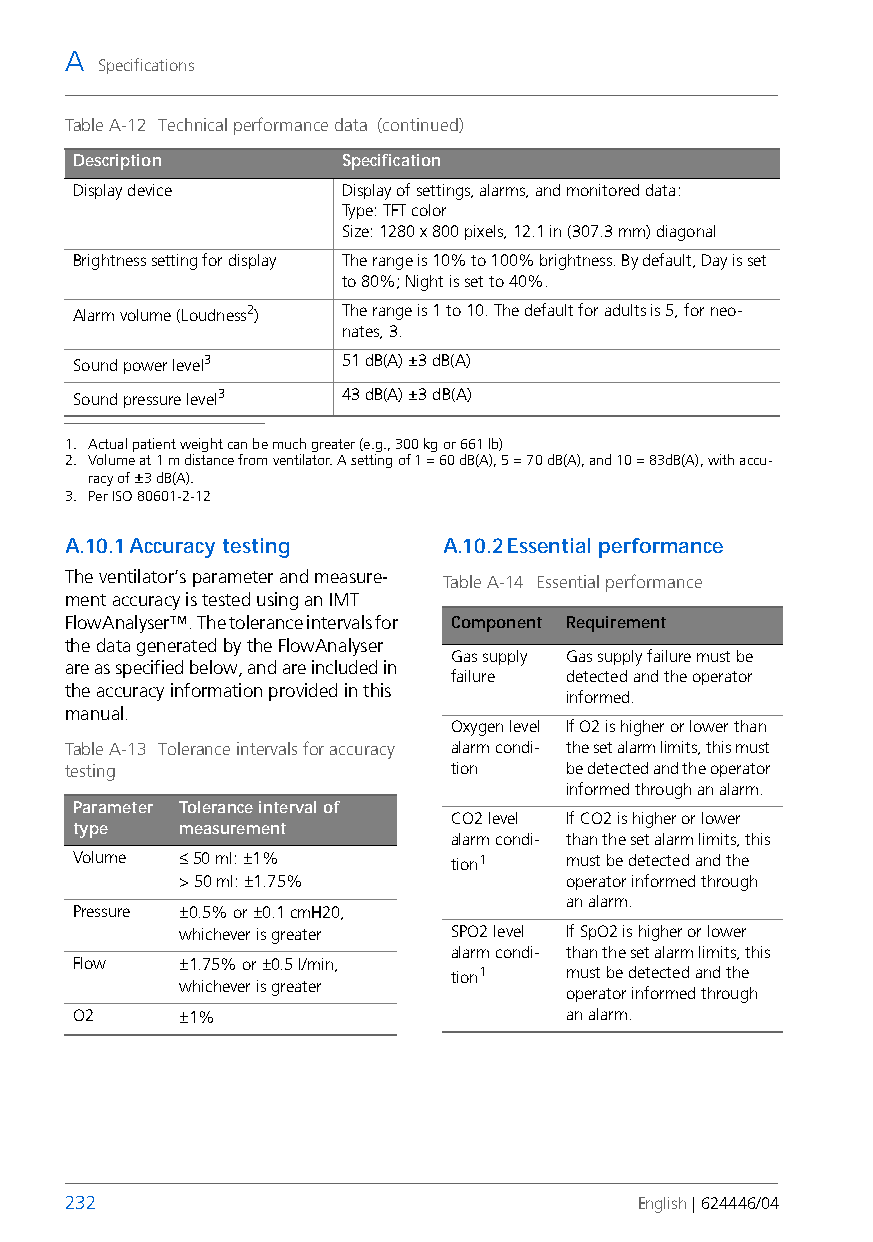
A
 Specifications
 Table A-12 Technical performance data (continued)
 Description       Specification
 Display device    Display of settings, alarms, and monitored data:
 Type: TFT color
 Size: 1280 x 800 pixels, 12.1 in (307.3mm) diagonal
 Brightness setting for display The range is 10% to 100% brightness. By default, Day is set
 to 80%; Night is set to 40%.
 Alarm volume (Loudness2) The range is 1 to 10. The default for adults is 5, for neo-
 nates, 3.
 Sound power level3 51 dB(A) ±3 dB(A)
 Sound pressure level3 43 dB(A) ±3 dB(A)
 1. Actual patient weight can be much greater (e.g., 300 kg or 661 lb)
 2. Volume at 1 m distance from ventilator. A setting of 1 = 60 dB(A), 5 = 70 dB(A), and 10 = 83dB(A), with accu-
 racy of ±3 dB(A).
 3. Per ISO 80601-2-12
 A.10.1Accuracy testing   A.10.2Essential performance
 The ventilator’s parameter and measure-
 Table A-14 Essential performance
 ment accuracy is tested using an IMT
 FlowAnalyser™. The tolerance intervals for Component Requirement
 the data generated by the FlowAnalyser
 Gas supply Gas supply failure must be
 are as specified below, and are included in
 failure detected and the operator
 the accuracy information provided in this
 informed.
 manual.
 Oxygen level If O2 is higher or lower than
 Table A-13 Tolerance intervals for accuracy alarm condi- the set alarm limits, this must
 testing                   tion    be detected and the operator
 informed through an alarm.
 Parameter Tolerance interval of
 CO2 level If CO2 is higher or lower
 type   measurement
 alarm condi- than the set alarm limits, this
 Volume ≤ 50 ml: ±1%      tion1   must be detected and the
 > 50 ml: ±1.75%           operator informed through
 an alarm.
 Pressure ±0.5% or ±0.1 cmH20,
 whichever is greater SPO2 level If SpO2 is higher or lower
 alarm condi- than the set alarm limits, this
 Flow   ±1.75% or ±0.5 l/min,
 tion1   must be detected and the
 whichever is greater
 operator informed through
 O2     ±1%                       an alarm.
 232                                   English | 624446/04